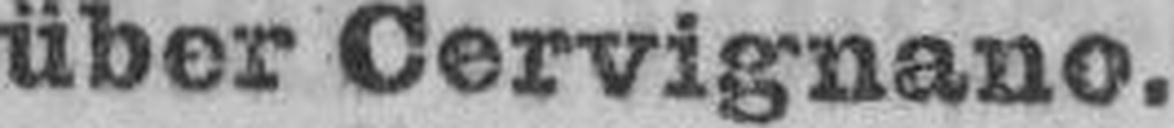
über Cervignano.